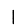
Digit: 1